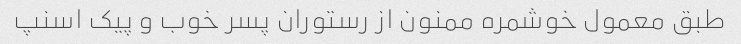
طبق معمول خوشمره ممنون از رستوران پسر خوب و پیک اسنپ